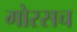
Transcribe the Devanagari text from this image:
गोरसच